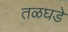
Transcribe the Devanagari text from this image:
तळघडे